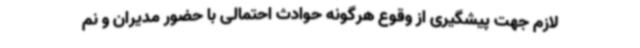
لازم جهت پیشگیری از وقوع هرگونه حوادث احتمالی با حضور مدیران و نم